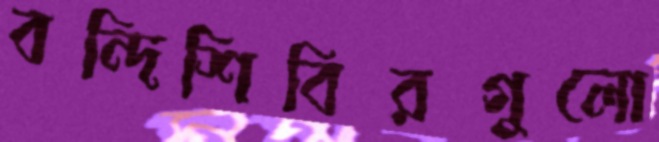
বন্দিশিবিরগুলো